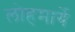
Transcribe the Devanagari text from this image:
लोहमार्गे